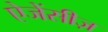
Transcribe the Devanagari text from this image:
ऐजेंसीज़